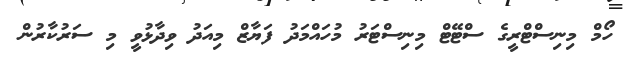
ހޯމް މިނިސްޓްރީގެ ސްޓޭޓް މިނިސްޓަރު މުހައްމަދު ފަޔާޒް މިއަދު ވިދާޅުވީ މި ސަރުކާރުން